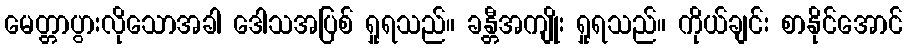
မေတ္တာပွားလိုသောအခါ ဒေါသအပြစ် ရှုရသည်။ ခန္တီအကျိုး ရှုရသည်။ ကိုယ်ချင်း စာနိုင်အောင်